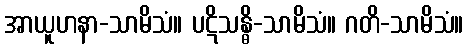
အာယူဟနာ-သာမိသံ။ ပဋိသန္ဓိ-သာမိသံ။ ဂတိ-သာမိသံ။